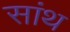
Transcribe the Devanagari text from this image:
सांथ